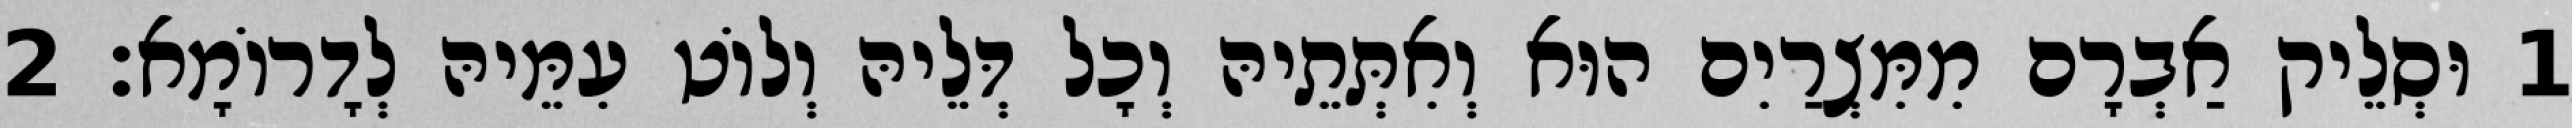
1 וּסְלֵיק אַבְרָם מִמִּצְרַיִם הוּא וְאִתְּתֵיהּ וְכָל דְּלֵיהּ וְלוֹט עִמֵּיהּ לְדָרוֹמָא׃ 2